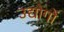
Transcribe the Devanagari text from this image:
उद्योगोंं